65_HS1-834228961_62-HQ-83894_Section_7
Agency: FBI
Page 124
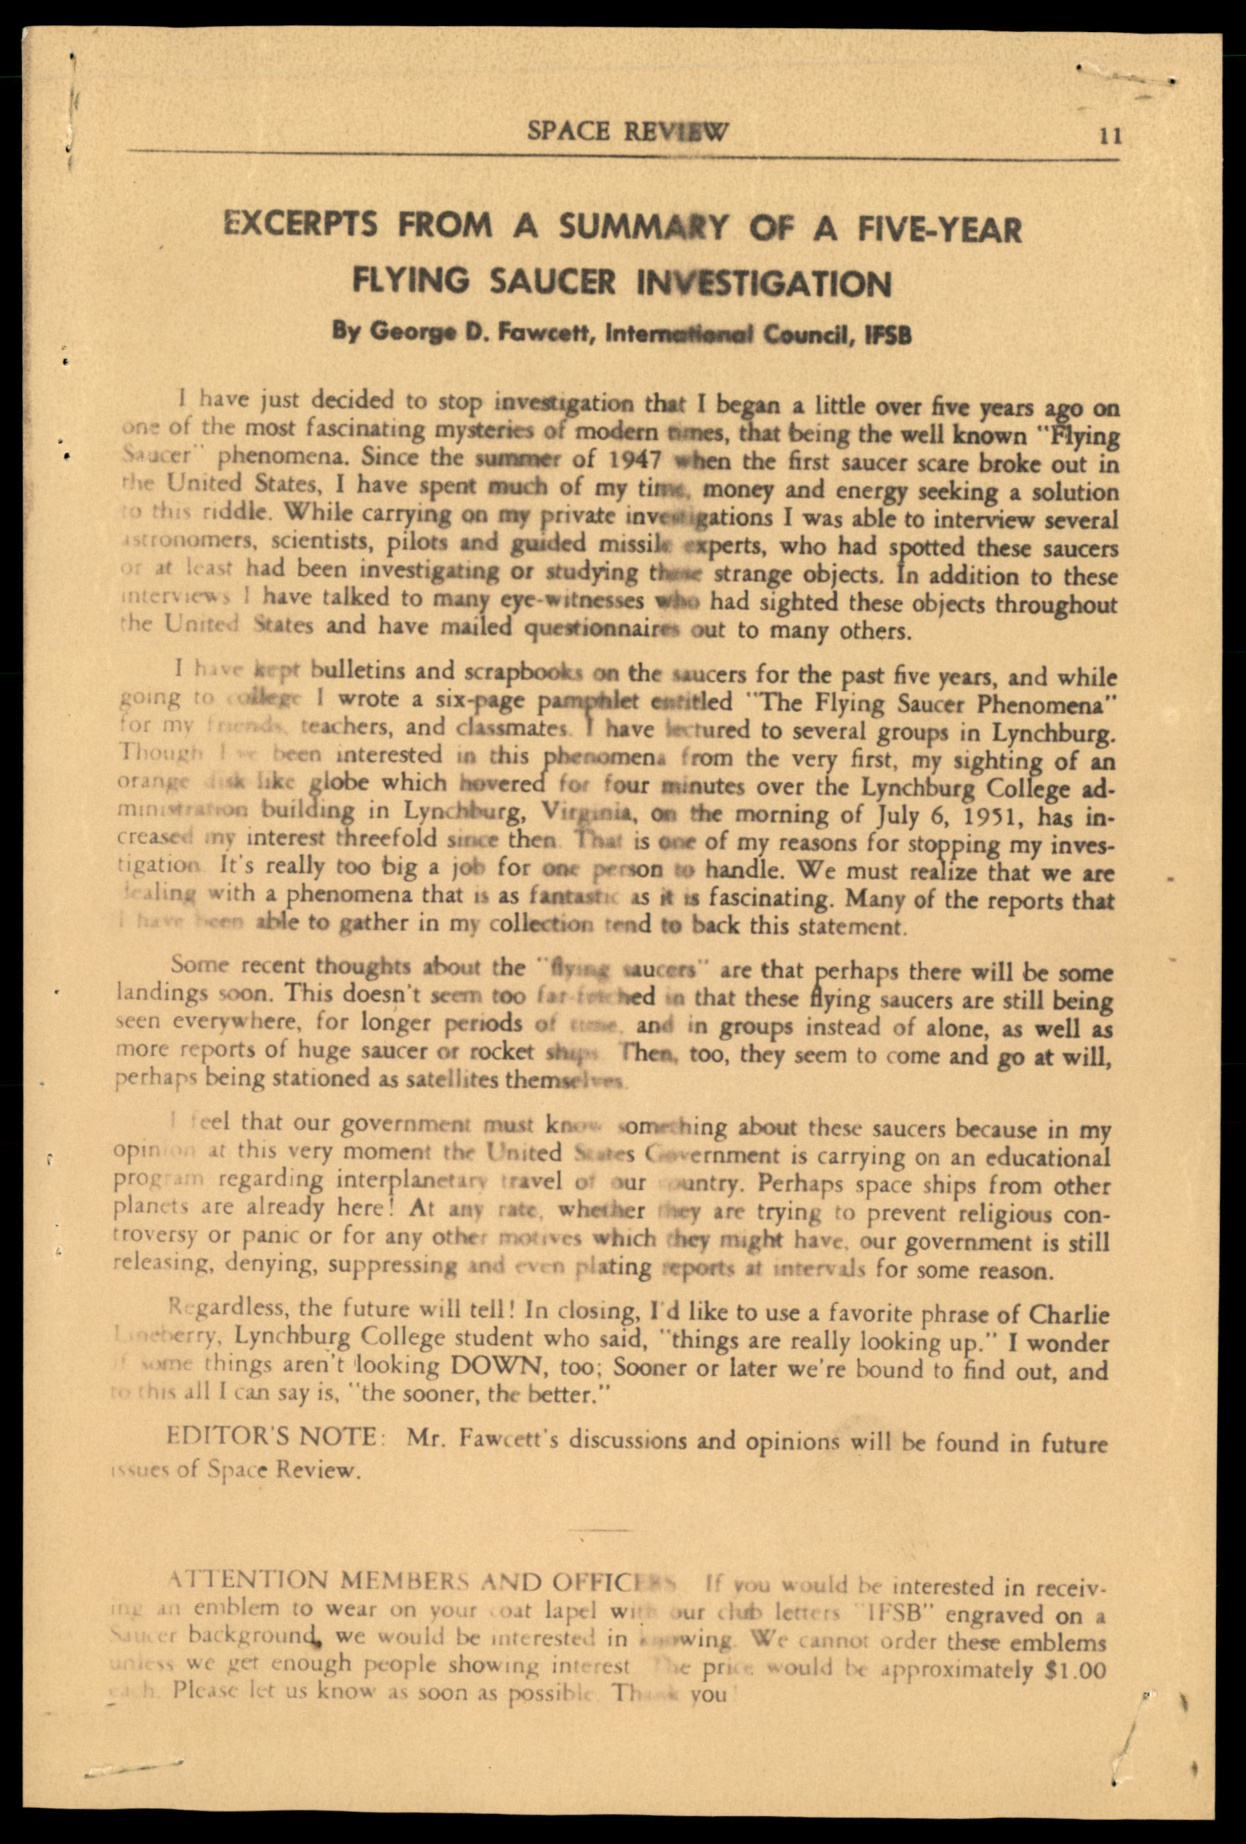